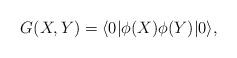
LaTeX: \begin{align*}G(X,Y)=\langle 0| \phi(X) \phi(Y) |0 \rangle,\end{align*}